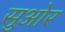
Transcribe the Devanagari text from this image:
सुओर